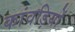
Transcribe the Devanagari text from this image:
कांवड़ियों